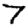
Digit: 7